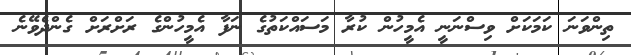
ތިންވަނަ ކަމަކަށް ވިސްނަނީ އެމީހުން ކުރާ މަސައްކަތުގެ ނަފާ އެމީހުންގެ ރަށްރަށް ގެންދެވޭނެ